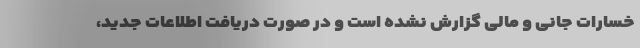
خسارات جانی و مالی گزارش نشده است و در صورت دریافت اطلاعات جدید،